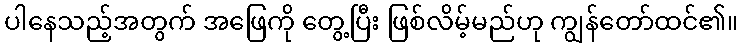
ပါနေသည့်အတွက် အဖြေကို တွေ့ပြီး ဖြစ်လိမ့်မည်ဟု ကျွန်တော်ထင်၏။